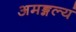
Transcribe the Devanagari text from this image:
अमङ्गल्यं